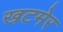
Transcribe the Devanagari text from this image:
खटमेर